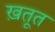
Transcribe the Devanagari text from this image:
ख़तूत